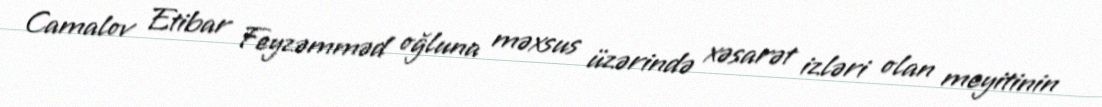
Camalov Etibar Feyzəmməd oğluna məxsus üzərində xəsarət izləri olan meyitinin